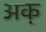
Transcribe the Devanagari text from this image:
अक्